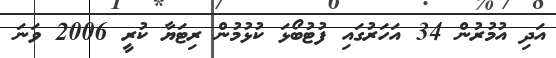
އަދި އުމުރުން 34 އަހަރުގައި ފުޓުބޯޅަ ކުޅުމުން ރިޓަޔާ ކުރީ 2006 ވަނަ